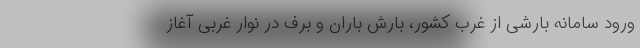
ورود سامانه بارشی از غرب کشور، بارش باران و برف در نوار غربی آغاز